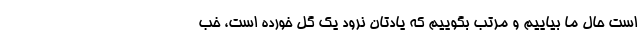
است حال ما بیاییم و مرتب بگوییم که یادتان نرود یک گل خورده است، خب